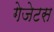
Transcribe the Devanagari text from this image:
गेजेटस